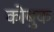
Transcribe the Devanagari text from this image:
कोबुक